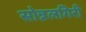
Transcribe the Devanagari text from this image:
सोन्नलगिरी